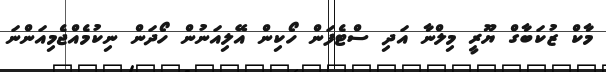
މާކް ޒުކަބާގް ޔޫރީ މިލްނާ އަދި ސްޓެފަން ހޯކިން އޭލިއަނުން ހޯދަން ނިކުމެއްޖެމިއަންނަ